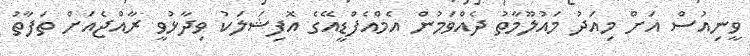
ވީނިއުސް އަށް މިއަދު މައުލޫމާތު ދެއްވަމުން އެމްއެފްޑީއޭގެ އޮފިޝަލަކު ވިދާޅުވީ ރާއްޖެއަށް ތަފާތު